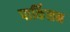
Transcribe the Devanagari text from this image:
पार्किसन